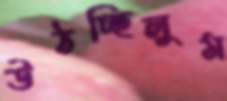
উঠচ্ছিলুম